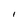
Character: I